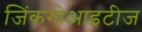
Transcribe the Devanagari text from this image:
जिंकगोआइटीज